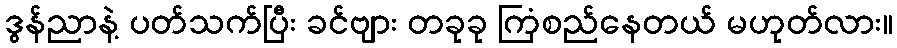
ဒွန်ညာနဲ့ ပတ်သက်ပြီး ခင်ဗျား တခုခု ကြံစည်နေတယ် မဟုတ်လား။